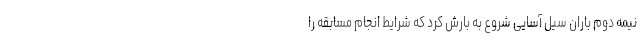
نیمه دوم باران سیل آسایی شروع به بارش کرد که شرایط انجام مسابقه را